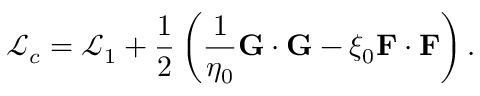
\mathcal { L } _ { c } = \mathcal { L } _ { 1 } + \frac { 1 } { 2 } \left( \frac { 1 } { \eta _ { 0 } } \mathbf { G } \cdot \mathbf { G } - \xi _ { 0 } \mathbf { F } \cdot \mathbf { F } \right) .